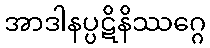
အာဒါနပ္ပဋိနိဿဂ္ဂေ